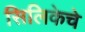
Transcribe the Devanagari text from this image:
सिलिकेचे